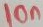
Text: 10n